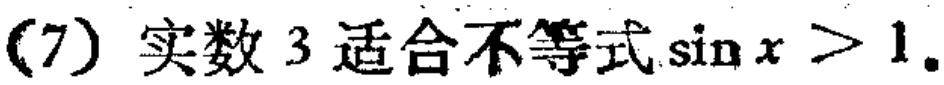
(7) 实数 \(3\) 适合不等式\(\sin x > 1\).